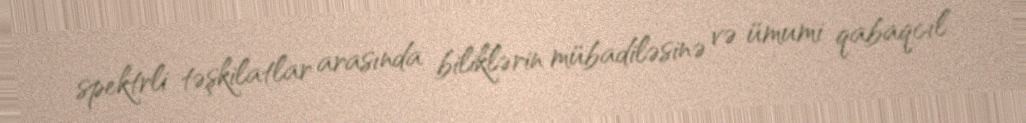
spektrli təşkilatlar arasında biliklərin mübadiləsinə və ümumi qabaqcıl